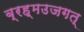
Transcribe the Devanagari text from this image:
ब्रह्मउजगत्